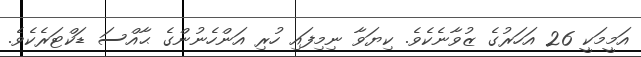
އަމީމަކީ 26 އަހަރުގެ ޒުވާނެކެވެ. ކިޔަވާ ނިމިފައި ހުރި އަންހެނުންގެ ޙާއްސަ ޑަކްޓަރެކެވެ.